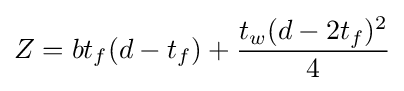
Z=bt_{f}(d-t_{f})+{\frac {t_{w}(d-2t_{f})^{2}}{4}}